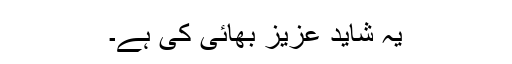
یہ شاید عزیز بھائی کی ہے۔